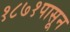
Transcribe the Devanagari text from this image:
१८७१पासून